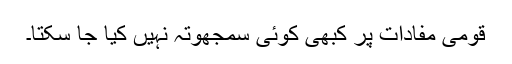
قومی مفادات پر کبهی کوئی سمجھوتہ نہیں کیا جا سکتا۔